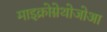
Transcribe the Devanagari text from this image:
माइक्रोग्नेथोजोआ